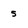
Character: 5